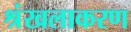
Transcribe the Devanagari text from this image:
श्रंखलाकरण